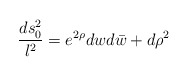
\begin{align*}{ds^2_0 \over l^2} = e^{2\rho} dw d\bar w + d\rho^2 \end{align*}